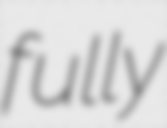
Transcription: fully